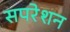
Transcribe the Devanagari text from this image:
सपरेशन